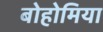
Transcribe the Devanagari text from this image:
बोहोमिया